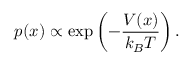
p ( x ) \propto \exp \left( { - { \frac { V ( x ) } { k _ { B } T } } } \right) .